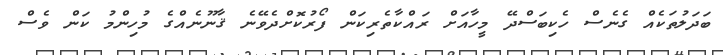
ބަދަލުތަކެއް ގެނެސް ހެކިބަސްދޭ މީހާއަށް ރައްކާތެރިކަން ފޯރުކޮށްދެވޭނެ ޤާނޫނެއްގެ މުހިންމު ކަން ވެސް